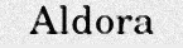
Aldora